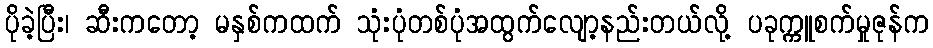
ပိုခဲ့ပြီး၊ ဆီးကတော့ မနှစ်ကထက် သုံးပုံတစ်ပုံအထွက်လျော့နည်းတယ်လို့ ပခုက္ကူစက်မှုဇုန်က